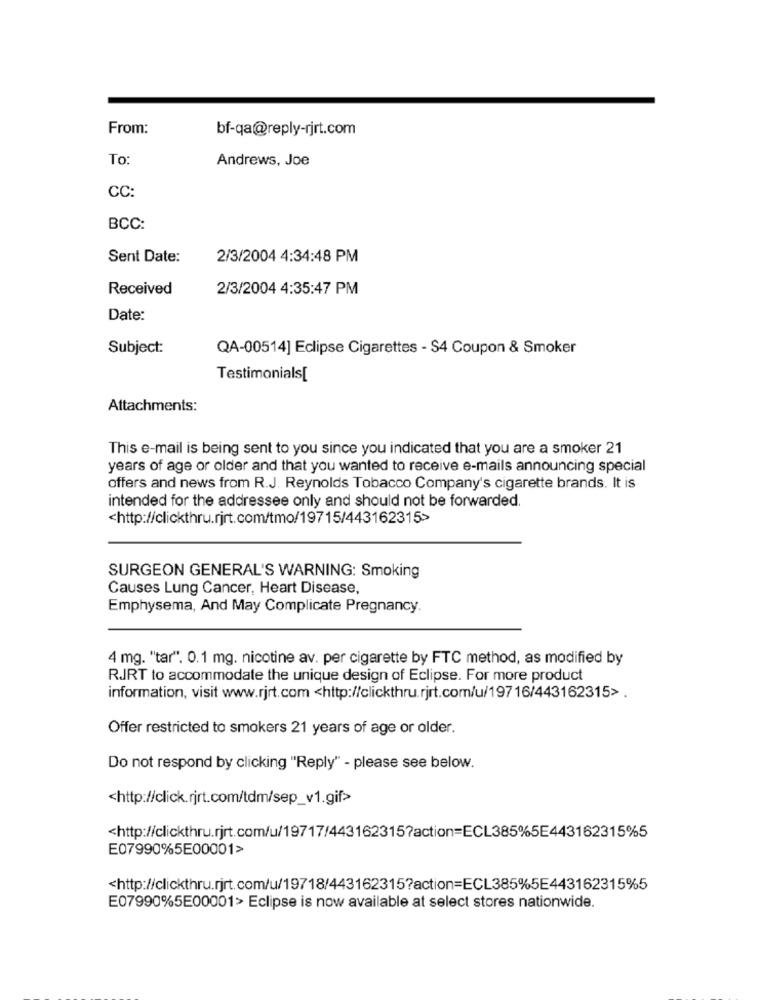
From:
bf-qa@reply-rjrt.com
To
Andrews, Joe
CC:
BCC:
Sent Date:
2/3/2004 4:34:48 PM
Received
2/3/2004 4:35:47 PM
Date:
Subject:
QA-00514] Eclipse Cigarettes - $4 Coupon & Smoker
Testimonials[
Attachments:
This e-mail is being sent to you since you indicated that you are a smoker 21
years of age or older and that you wanted to receive e-mails announcing special
offers and news from R.J. Reynolds Tobacco Company's cigarette brands. It is
intended for the addressee only and should not be forwarded.
<http://clickthru.rjrt.com/tmo/19715/443162315>
SURGEON GENERAL'S WARNING: Smoking
Causes Lung Cancer, Heart Disease,
Emphysema, And May Complicate Pregnancy.
4 mg. "tar". 0.1 mg. nicotine av. per cigarette by FTC method, as modified by
RJRT to accommodate the unique design of Eclipse. For more product
information, visit www.rjrt.com <http://clickthru.rjrt.com/u/19716/443162315>.
Offer restricted to smokers 21 years of age or older.
Do not respond by clicking "Reply" - please see below.
<http://click.rjrt.com/tdm/sep_v1.gif>
<http://clickthru.rjrt.com/u/19717/443162315?action=ECL385%5E443162315%5
E07990%5E00001>
<http://clickthru.rjrt.com/u/19718/443162315?action=ECL385%5E443162315%5
E07990%5E00001> Eclipse is now available at select stores nationwide.